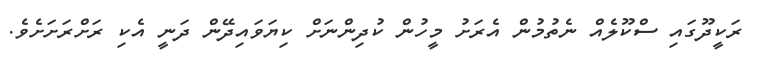
ރަކީދޫގައި ސްކޫލެއް ނެތުމުން އެރަށު މީހުން ކުދިންނަށް ކިޔަވަައިދޭން ދަނީ އެކި ރަށްރަށަށެވެ.